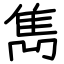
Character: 雋